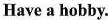
Have a hobby.